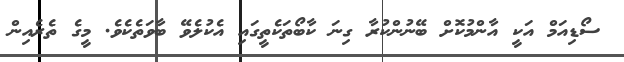
ސޯޑިއަމް އަކީ އާންމުކޮށް ބޭނުންކުރާ ގިނަ ކާބޯތަކެތީގައި އެކުލެވޭ ބާވަތެކެވެ. މީގެ ތެރެއިން